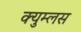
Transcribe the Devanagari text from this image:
क्युम्लस